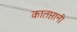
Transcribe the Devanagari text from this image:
कातप्तानी